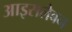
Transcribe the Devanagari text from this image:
आइसलेबन